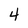
Character: 4